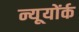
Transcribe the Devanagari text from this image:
न्यूयोंर्क